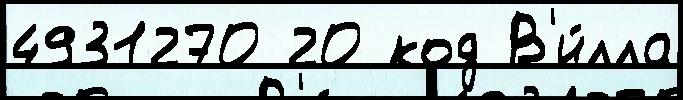
4931270 20 код В'и́лла